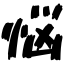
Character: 悩